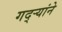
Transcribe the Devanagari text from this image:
गद्र्‍यांने